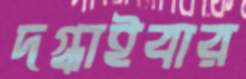
দগ্ধাইবার